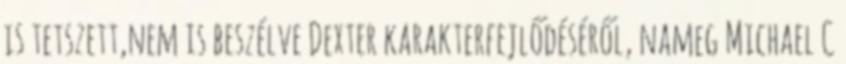
is tetszett,nem is beszélve Dexter karakterfejlődéséről, nameg Michael C